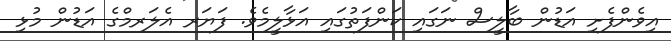
އިވެންފެށި އަޑުން ބާލީސް ނަގައި ކަންފަތުގައި އަޅާލީމެވެ. ފަޔަރ އެލަރމްގެ އަޑުން މުޅި